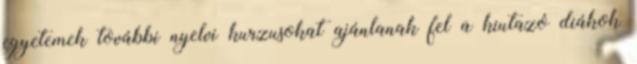
egyetemek további nyelvi kurzusokat ajánlanak fel a kiutazó diákok